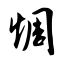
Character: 惆